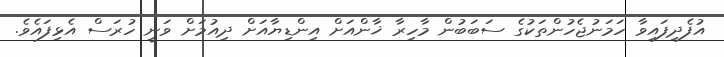
އުފެދިފައިވާ ހަމަނުޖެހުންތަކުގެ ސަބަބުން މާހިރާ ޚާންއަށް އިންޑިޔާއަށް ދިއުމަށް ވަނީ ހުރަސް އެޅިފައެވެ.